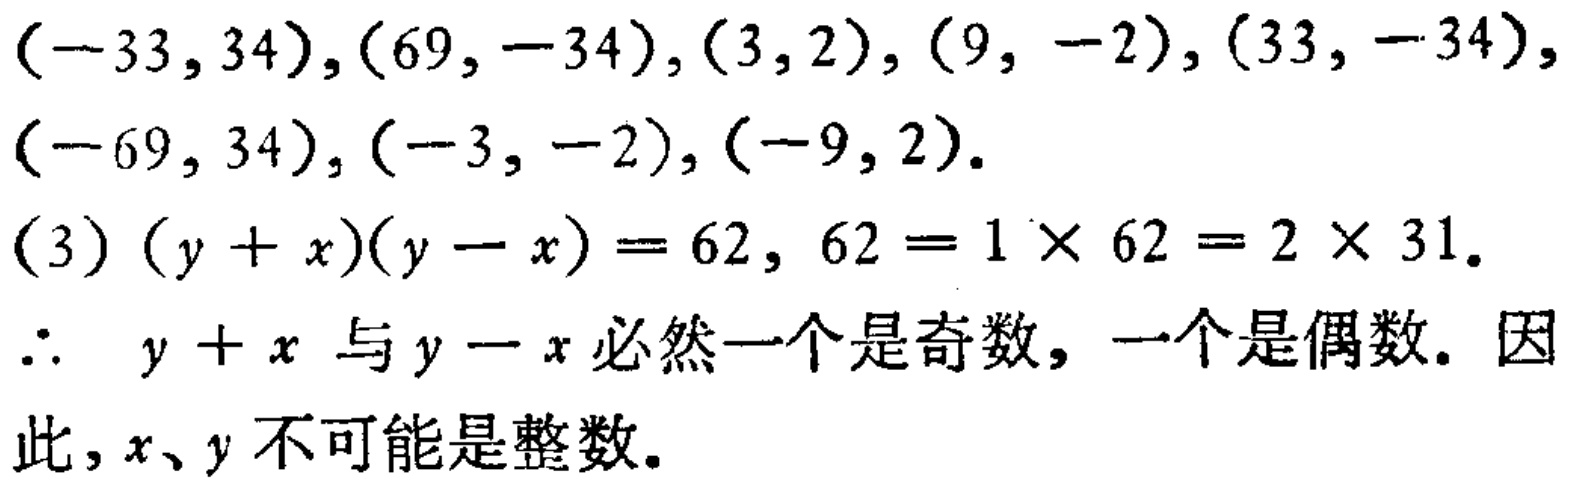
\((-33,34),(69,-34),(3,2),(9,-2),(33,-34),(-69,34),(-3,-2),(-9,2).\)
\((3)(y + x)(y - x)=62, 62 = 1\times62 = 2\times31.\)
\(\therefore y + x\) 与 \(y - x\) 必然一个是奇数, 一个是偶数. 因
此, \(x、y\) 不可能是整数.